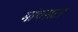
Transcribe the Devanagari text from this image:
मांचसटर